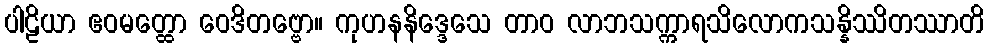
ပါဠိယာ ဧဝမတ္ထော ဝေဒိတဗ္ဗော။ ကုဟနနိဒ္ဒေသေ တာဝ လာဘသက္ကာရသိလောကသန္နိဿိတဿာတိ